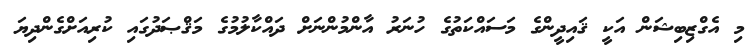
މި އެގްޒިބިޝަން އަކީ ޤައިދީންގެ މަސައްކަތުގެ ހުނަރު އާންމުންނަށް ދައްކާލުމުގެ މަޤްޞަދުގައި ކުރިއަށްގެންދިޔަ